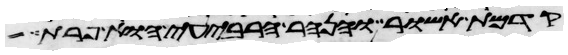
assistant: קדמת אשור והנהר הרביעי הוא פרת